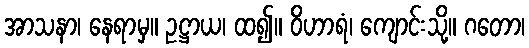
အာသနာ၊ နေရာမှ။ ဥဋ္ဌာယ၊ ထ၍။ ဝိဟာရံ၊ ကျောင်းသို့။ ဂတော၊